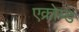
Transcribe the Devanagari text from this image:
एक्रोय्ड